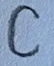
Text: C